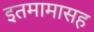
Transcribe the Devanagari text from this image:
इतमामासह